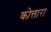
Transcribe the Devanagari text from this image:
कोत्तारा